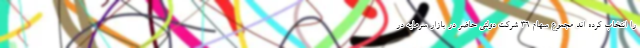
را انتخاب کرده اند مجموع سهام ۳۶ شرکت دولتی حاضر در بازار سرمایه در